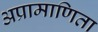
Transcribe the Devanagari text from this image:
अप्रामाणिता